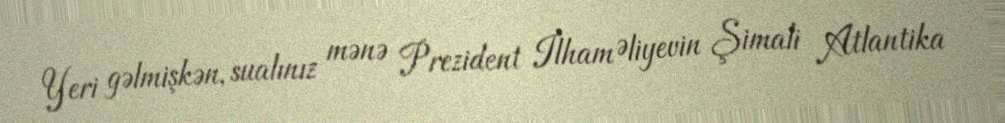
Yeri gəlmişkən, sualınız mənə Prezident İlham Əliyevin Şimali Atlantika